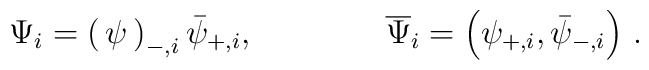
\Psi_i = \begin{pmatrix} \psi_{-,i} \\ \bar{\psi}_{+,i} \end{pmatrix}, \qquad\qquad \overline{\Psi}_i = \left( \psi_{+,i} , \bar{\psi}_{-,i} \right) \, .